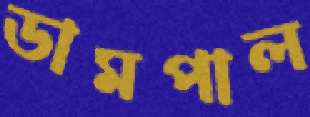
ডামপাল